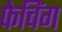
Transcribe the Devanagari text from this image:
फेचिंग